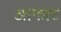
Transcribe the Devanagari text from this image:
आफाट